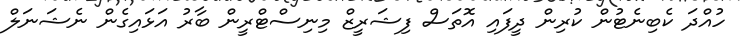
ހުއްދަ ކެބިނެޓުން ކުރިން ދީފައި އޮތަސް ފިޝަރީޒް މިނިސްޓްރީން ބާރު އަޅައިގެން ނެޝަނަލް